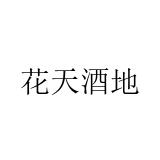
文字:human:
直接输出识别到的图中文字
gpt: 花天酒地